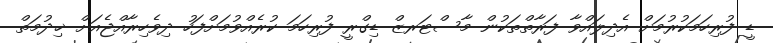
ޑީ ފުރިހަމަކުރުމަށް އެދިލައްވާ ފަރާތްތަކުން މާސްޓަރޒް ޑިގްރީ ފުރިހަމަ ކުރެއްވުމަށްފަހު ދިވެހިރާއްޖެއަށް ޚިދުމަތް